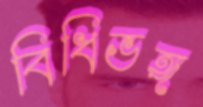
বিধিভঙ্গ